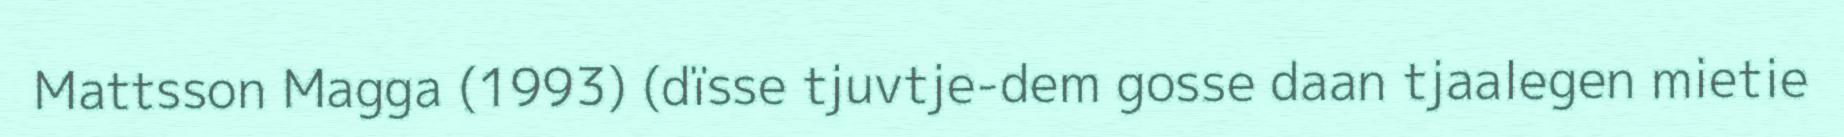
Mattsson Magga (1993) (dïsse tjuvtje-dem gosse daan tjaalegen mietie